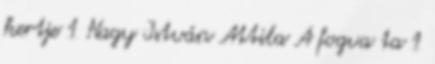
kertje 1 Nagy István Attila A fogva ta 1